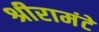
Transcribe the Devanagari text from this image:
श्रीरामंटे